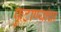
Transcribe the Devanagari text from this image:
फुटाण्यांचा